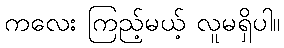
ကလေး ကြည့်မယ့် လူမရှိပါ။